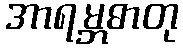
အာရမ္ဘဓာတု